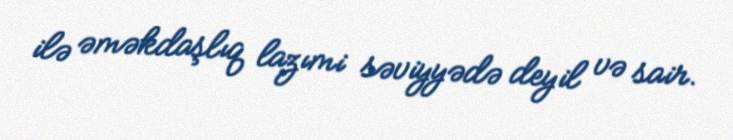
ilə əməkdaşlıq lazımi səviyyədə deyil və sair.